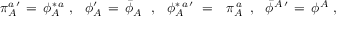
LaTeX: \pi _ { A } ^ { a \, \prime } \, = \, \phi _ { A } ^ { \ast \, a } \, \, , \, \, \, \, \phi _ { A } ^ { \prime } \, = \, { \bar { \phi } } _ { A } \, \, \, \, , \, \, \, \, \phi _ { A } ^ { \ast \, a \, \prime } \, \, = \, \, \, \, \pi _ { A } ^ { \, a } \, \, \, , \, \, \, \, { \bar { \phi } } ^ { A \, \prime } \, = \, \phi ^ { A } \, \, ,